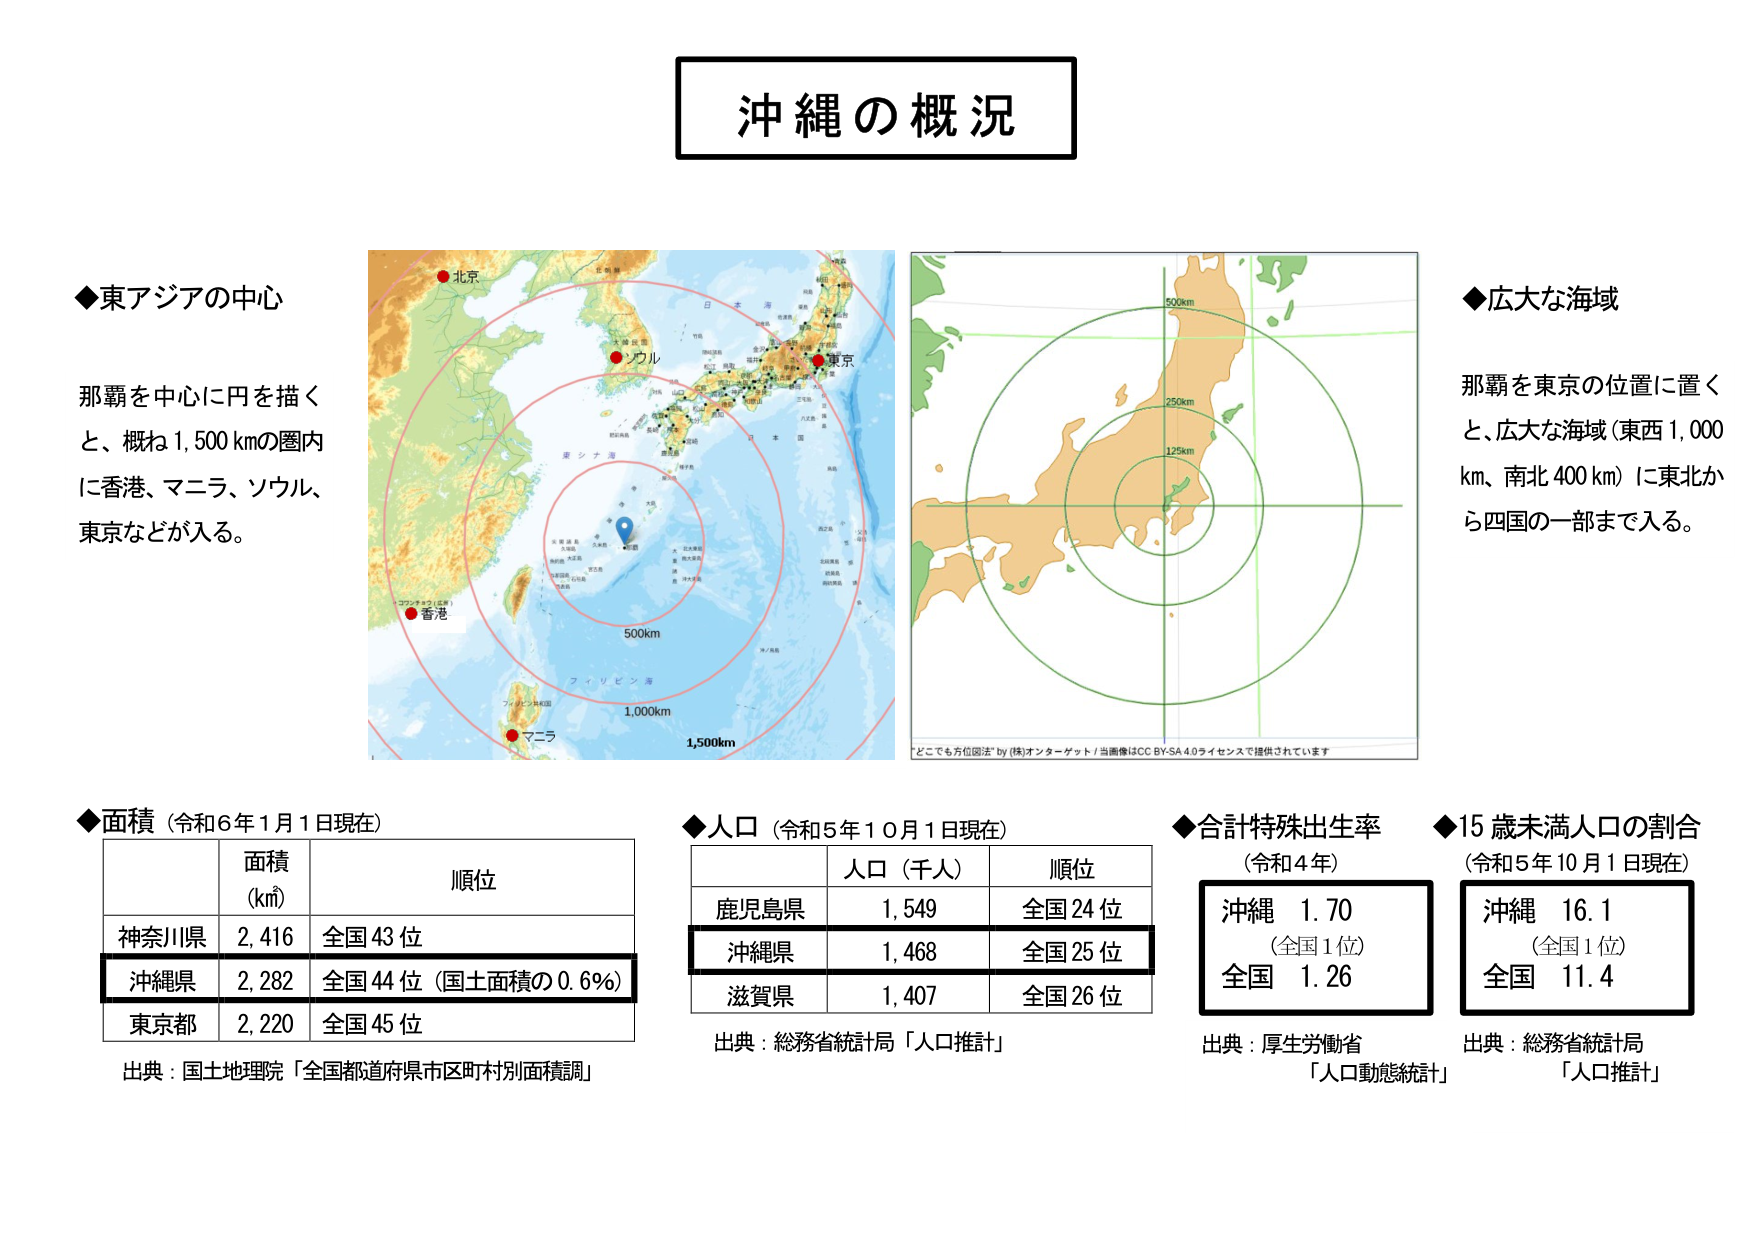
沖縄の概況

◆東アジアの中心
那覇を中心に円を描く
と、概ね1,500kmの圏内
に香港、マニラ、ソウル、
東京などが入る。

◆広大な海域
那覇を東京の位置に置く
と、広大な海域（東西1,000
km、南北400km）に東北か
ら四国の一部まで入る。

◆面積（令和6年1月1日現在）
面積（km²） 順位
神奈川県 2,416 全国43位
沖縄県 2,282 全国44位（国土面積の0.6%）
東京都 2,220 全国45位
出典：国土地理院「全国都道府県市町村別面積調」

◆人口（令和5年10月1日現在）
人口（千人） 順位
鹿児島県 1,549 全国24位
沖縄県 1,468 全国25位
滋賀県 1,407 全国26位
出典：総務省統計局「人口推計」

◆合計特殊出生率（令和4年）
沖縄 1.70 （全国1位）
全国 1.26
出典：厚生労働省「人口動態統計」

◆15歳未満人口の割合（令和5年10月1日現在）
沖縄 16.1 （全国1位）
全国 11.4
出典：総務省統計局「人口推計」

北京
ソウル
東京
香港
マニラ
500km
1,000km
1,500km
フィリピン海
東シナ海
どこでも方位図法 by (株)オターゲット / 当画像はCC BY-SA 4.0ライセンスで提供されています
500km
250km
125km